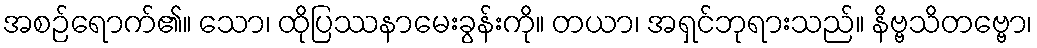
အစဉ်ရောက်၏။ သော၊ ထိုပြဿနာမေးခွန်းကို။ တယာ၊ အရှင်ဘုရားသည်။ နိဗ္ဗသိတဗ္ဗော၊